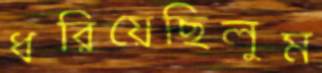
ধরিয়েছিলুম